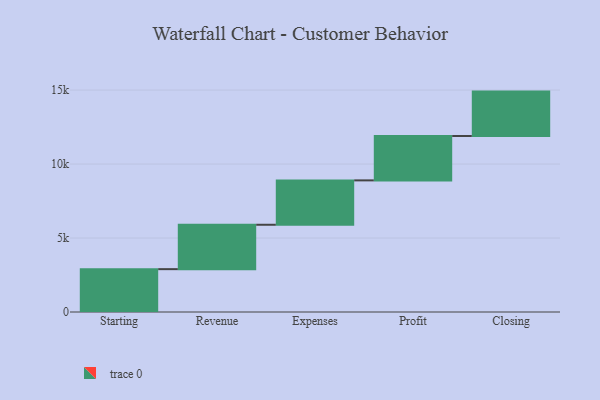
{"axis": {"x": "Step", "y": "Value"}, "legend": [""], "data": [{"x": "Starting", "y": 2896.0, "type": ""}, {"x": "Revenue", "y": 3000, "type": ""}, {"x": "Expenses", "y": 3000, "type": ""}, {"x": "Profit", "y": 3000, "type": ""}, {"x": "Closing", "y": 3000, "type": ""}]}